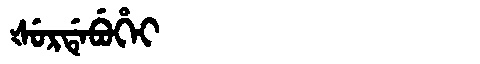
Manchu: ᡧᡠᡵᡩᡝᠪᡠᡥᡝᡳ
Romanization: ŠURDEBUHEI